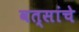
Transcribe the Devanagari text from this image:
वत्सांचे